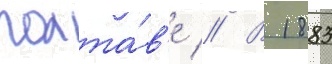
полта́в'е // В 1883